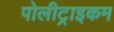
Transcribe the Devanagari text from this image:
पोलीट्राइकम